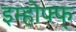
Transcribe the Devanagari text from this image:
इम्होफ्फ्